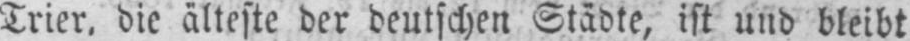
Trier, die älteste der deutschen Städte, ist und bleibt